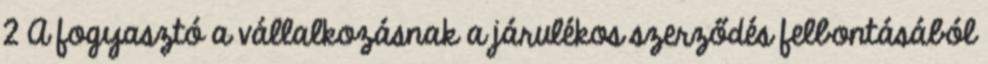
2 A fogyasztó a vállalkozásnak a járulékos szerződés felbontásából